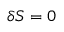
\delta { \cal S } = 0